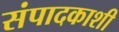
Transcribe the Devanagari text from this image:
संपादकाशी